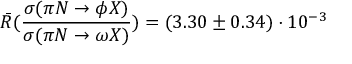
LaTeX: \bar { R } ( \frac { \sigma ( \pi N \to \phi X ) } { \sigma ( \pi N \to \omega X ) } ) = ( 3 . 3 0 \pm 0 . 3 4 ) \cdot 1 0 ^ { - 3 }